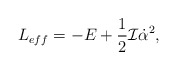
\begin{align*}L_{eff}=-E+\frac{1}{2}{\cal I}\dot{\alpha}^{2},\end{align*}